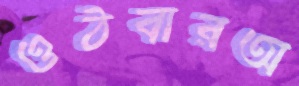
ওঠবারঅ